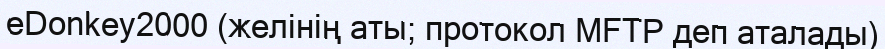
eDonkey2000 (желінің аты; протокол MFTP деп аталады)